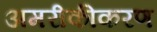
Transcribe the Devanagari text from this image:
अमरीकीकरण